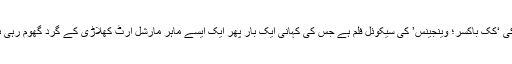
ہدایت کار دیمتیری لوگو تھیسٹک کی یہ فلم کِک باکسر کڑی کی ساتویں انسٹالمنٹ اور 2016 کی ‘کِک باکسر؛ وینجینس’ کی سیکوئل فلم ہے جس کی کہانی ایک بار پھر ایک ایسے ماہر مارشل آرٹ کھلاڑی کے گِرد گھوم رہی ہے جو اپنا ثانی نہیں رکھتا اور اپنے حیرت انگیز فن سے مدِ مقابل فائیٹر کو دھول چٹوا دیتا ہے۔